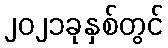
၂၀၂၁ခုနှစ်တွင်